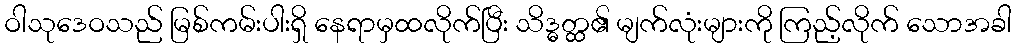
ဝါသုဒေဝသည် မြစ်ကမ်းပါးရှိ နေရာမှထလိုက်ပြီး သိဒ္ဓတ္ထ၏ မျက်လုံးများကို ကြည့်လိုက် သောအခါ